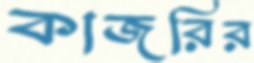
কাজরির